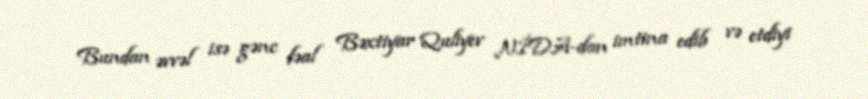
Bundan əvvəl isə gənc fəal Bəxtiyar Quliyev NİDA-dan imtina edib və etdiyi